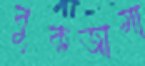
বুকজামা